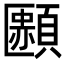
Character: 𩔿